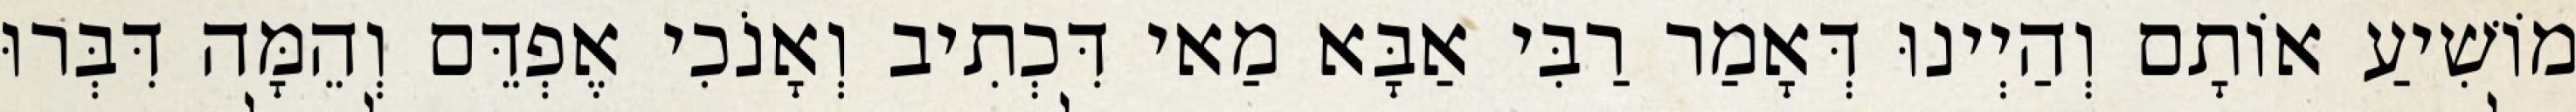
מוֹשִׁיעַ אוֹתָם וְהַיְינוּ דְּאָמַר רַבִּי אַבָּא מַאי דִּכְתִיב וְאָנֹכִי אֶפְדֵּם וְהֵמָּה דִּבְּרוּ